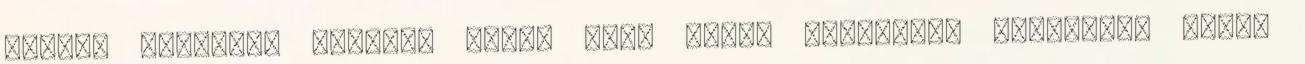
appját letöltve viszont rövid időn belül óvszerhez juthatsz, akkut